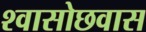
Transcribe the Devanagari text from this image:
श्वासोछवास